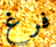
فرغ